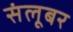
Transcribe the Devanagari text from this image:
संलूबर